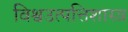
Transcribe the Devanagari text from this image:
विश्वउत्पत्तिशास्त्र